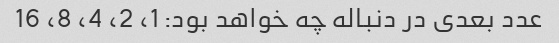
عدد بعدی در دنباله چه خواهد بود: 1، 2، 4، 8، 16